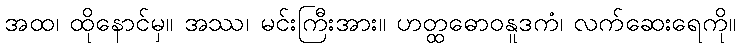
အထ၊ ထိုနောင်မှ။ အဿ၊ မင်းကြီးအား။ ဟတ္ထဓောဝနူဒကံ၊ လက်ဆေးရေကို။